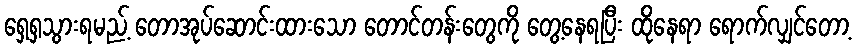
ရှေ့ရှသွားရမည့် တောအုပ်ဆောင်းထားသော တောင်တန်းတွေကို တွေ့နေရပြီး ထိုနေရာ ရောက်လျှင်တော့